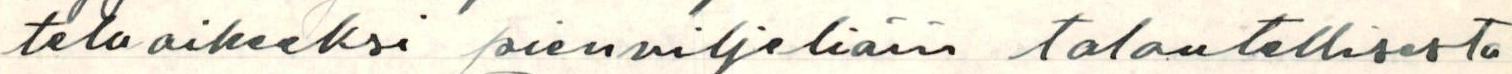
teluaiheeksi pienviljeliäin taloudellisesta